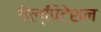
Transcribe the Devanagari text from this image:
पेल्पिटेशन